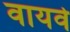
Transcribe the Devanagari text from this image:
वायवे